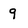
Character: 9